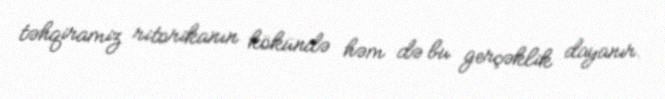
təhqiramiz ritorikanın kökündə həm də bu gerçəklik dayanır.